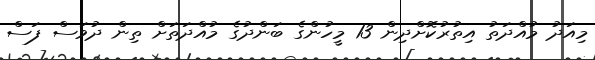
މިއަދު މުއްދަތު އިތުރުކޮށްދިން 13 މީހުންގެ ބަންދުގެ މުއްދަތަށް ތިން ދުވަސް ފަސް